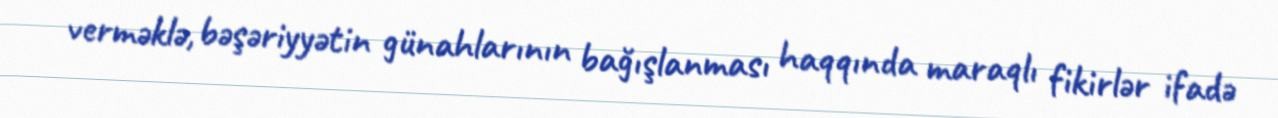
verməklə, bəşəriyyətin günahlarının bağışlanması haqqında maraqlı fikirlər ifadə